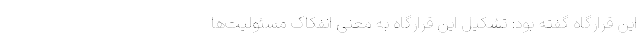
این قرارگاه گفته بود: تشکیل این قرارگاه به معنی انفکاک مسئولیت‌ها